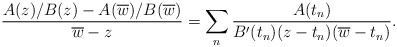
\begin{align*}\frac{A(z)/B(z)-A(\overline{w})/B(\overline{w})}{\overline{w}-z}=\sum_n\frac{A(t_n)}{B'(t_n)(z-t_n)(\overline{w}-t_n)}.\end{align*}